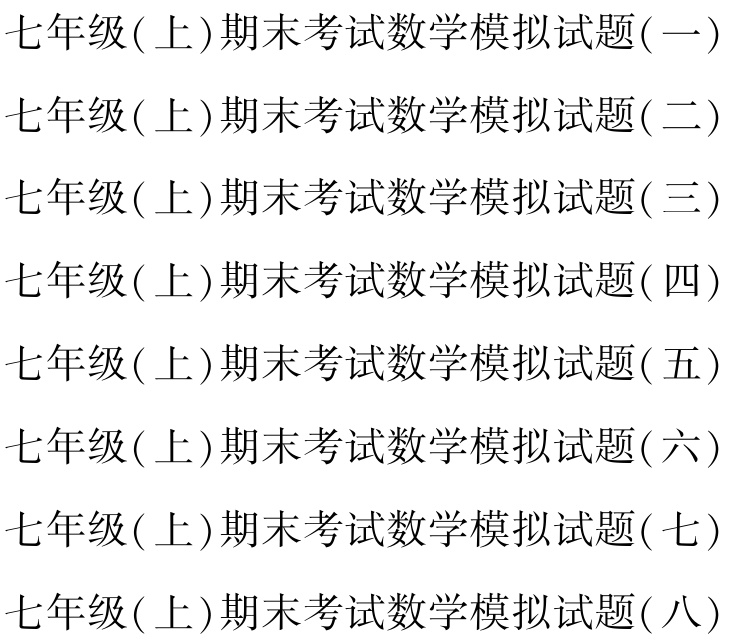
七年级(上)期末考试数学模拟试题(一)

七年级(上)期末考试数学模拟试题(二)

七年级(上)期末考试数学模拟试题(三)

七年级(上)期末考试数学模拟试题(四)

七年级(上)期末考试数学模拟试题(五)

七年级(上)期末考试数学模拟试题(六)

七年级(上)期末考试数学模拟试题(七)

七年级(上)期末考试数学模拟试题(八)